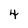
Character: 4